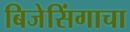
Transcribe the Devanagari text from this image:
बिजेसिंगाचा